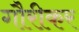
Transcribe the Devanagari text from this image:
गौरीकर